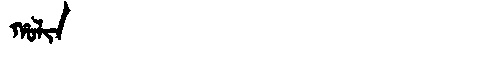
Manchu: ᡥᠣᠯᡳᠨ
Romanization: HOLIN